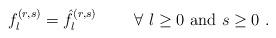
LaTeX: \begin{align*}f_l^{(r,s)}=\hat f_l^{(r,s)}\qquad\ \forall\ l\ge 0\ {\rm and}\ s\ge 0\ .\end{align*}